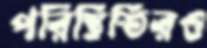
পরিস্থিতিরও